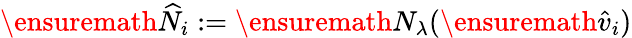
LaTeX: \ensuremath{\widehat{N}}_{i}:=\ensuremath{N_{\lambda}}(\ensuremath{\hat{v}}_{i})